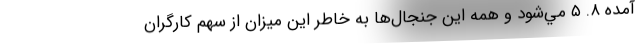
آمده ۸. ۵ مي‌شود و همه اين جنجال‌ها به خاطر اين ميزان از سهم كارگران